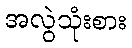
အလွဲသုံးစား